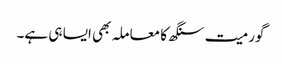
گورمیت سنگھ کا معاملہ بھی ایسا ہی ہے۔